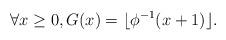
LaTeX: \begin{align*}\forall x \ge 0, G(x) = \lfloor \phi^{-1} (x + 1) \rfloor .\end{align*}